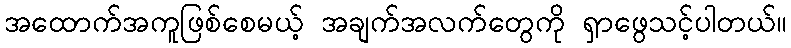
အထောက်အကူဖြစ်စေမယ့် အချက်အလက်တွေကို ရှာဖွေသင့်ပါတယ်။